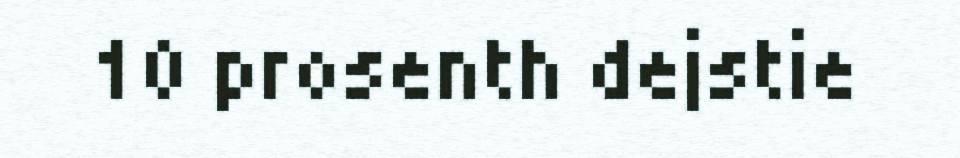
10 prosenth dejstie